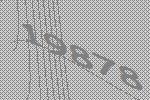
19878